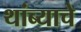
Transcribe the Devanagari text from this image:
थांब्याचे